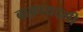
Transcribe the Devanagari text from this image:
बाक़ायदगी